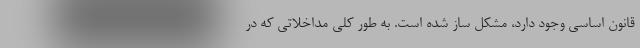
قانون اساسی وجود دارد، مشکل ساز شده است. به طور کلی مداخلاتی که در